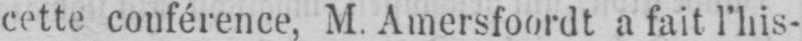
cette conférence, M. Amersfoordt a fait l’his-